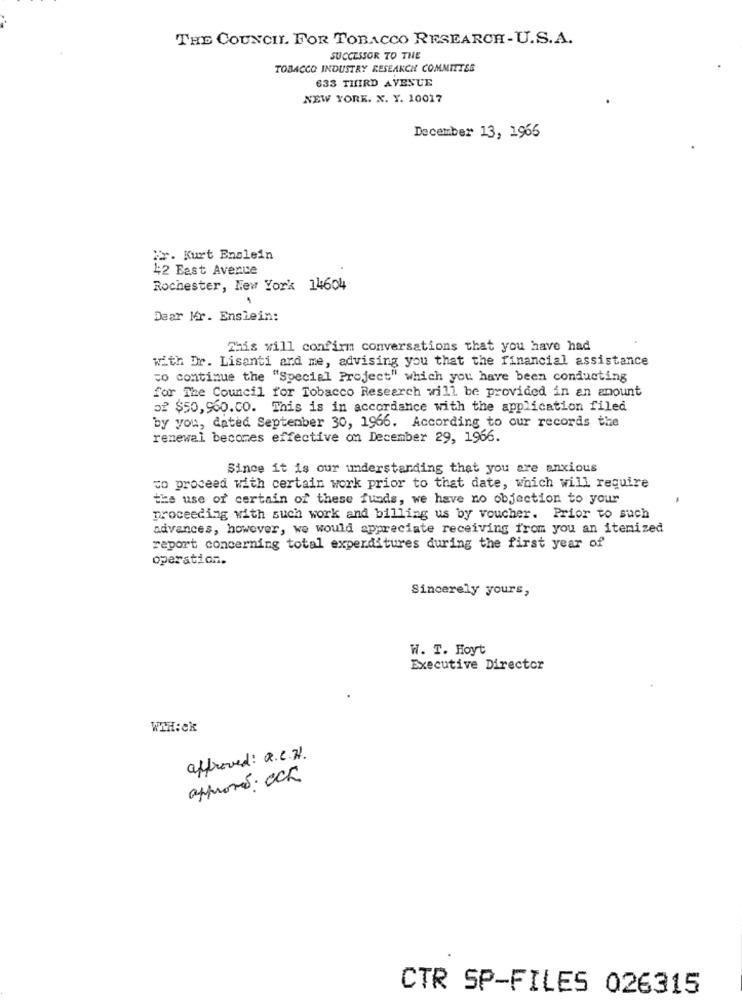
THE COUNCIL FOR TOBACCO RESEARCH-U.S.A.
SUCCESSOR TO THE
TOBACCO INDUSTRY RESEARCH COMMITTEE
633 THIRD AVENUE
NEW YORK. X. Y. 10017
December 13, 1966
Mr. Kurt Enslein
42 East Avenue
Rochester, New York 14604
Dear Mr. Enslein:
This will confirm conversations that you have had
with Dr. Lisanti and me, advising you that the financial assistance
co continue the "Special Project" which you have been conducting
for The Council for Tobacco Research will be provided in an amount
52 $50,960.CO. This is in accordance with the application filed
by you, dated September 30, 1966. According to our records the
renewal becomes effective on December 29, 1966.
Since it is our understanding that you are anxious
to proceed with certain work prior to that date, which will require
the use of certain of these funds, we have no objection to your
proceeding with such work and billing us by voucher. Prior to such
advances, however, we would appreciate receiving from you an itemized
raport concerning total expenditures during the first year of
operation.
Sincerely yours,
W. T. Hoyt
Executive Director
WTH:ck
approved: R.C.W.
approved: Och
CTR SP-FILES 026315